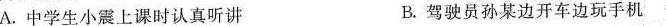
A.中学生小震上课时认真听讲 B.驾驶员孙某边开车边玩手机